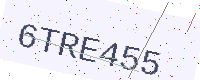
Text: 6TRE455